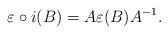
LaTeX: \begin{align*}\varepsilon \circ i (B) = A \varepsilon (B) A^{-1}.\end{align*}